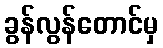
ခွန်လွန်တောင်မှ